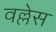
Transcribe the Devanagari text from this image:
वल्लेस